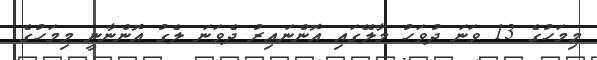
މިމަހުގެ 13 ވަނަ ދުވަހު މާލޭގައި އޮންނައިރު ދެވަނަ ލެގު އޮންނާނީ މިމަހުގެ